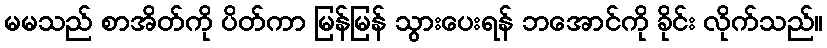
မမသည် စာအိတ်ကို ပိတ်ကာ မြန်မြန် သွားပေးရန် ဘအောင်ကို ခိုင်း လိုက်သည်။